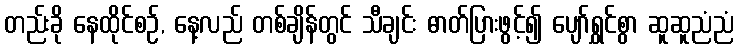
တည်းခို နေထိုင်စဉ်, နေ့လည် တစ်ချိန်တွင် သီချင်း ဓာတ်ပြားဖွင့်၍ ပျော်ရွှင်စွာ ဆူဆူညံညံ